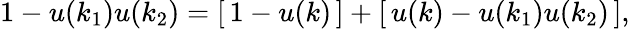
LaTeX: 1-u(k_{1})u(k_{2})=\left[\, 1-u(k)\, \right]+\left[\, u(k)-u(k_{1})u(k_{2})\, \right],